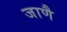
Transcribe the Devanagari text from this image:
जाणै